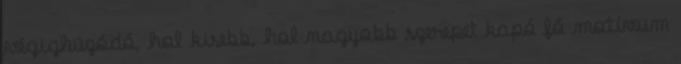
végighúzódó, hol kisebb, hol nagyobb szerepet kapó fő motívum